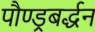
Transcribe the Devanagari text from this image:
पौण्ड्रबर्द्धन